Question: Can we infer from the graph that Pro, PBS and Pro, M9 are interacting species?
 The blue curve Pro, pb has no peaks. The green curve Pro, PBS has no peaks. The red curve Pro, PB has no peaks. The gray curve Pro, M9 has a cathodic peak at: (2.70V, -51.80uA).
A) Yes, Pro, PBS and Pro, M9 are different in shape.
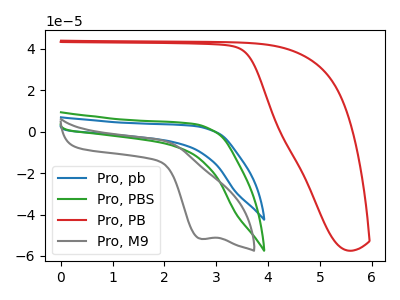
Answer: <think>"Pro, PBS" and "Pro, M9" have a different number of peaks.
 </think>
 <answer>A) Yes, "Pro, PBS" and "Pro, M9" are different in shape.</answer>
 <eval>A</eval>